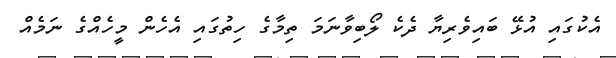
އެކުގައި އުޅޭ ބައިވެރިޔާ ދެކެ ލޯބިވާނަމަ ތިމާގެ ހިތުގައި އެހެން މީހެއްގެ ނަމެއް